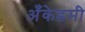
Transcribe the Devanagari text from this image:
अँकेडमी